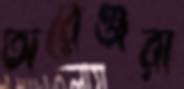
অরেঞ্জরা